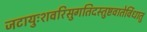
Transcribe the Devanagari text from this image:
जटायुःशवरिसुगतिदस्तुष्टवातेर्विधातु